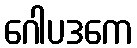
ဂေါပဒကေ